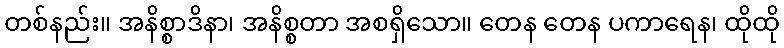
တစ်နည်း။ အနိစ္စာဒိနာ၊ အနိစ္စတာ အစရှိသော။ တေန တေန ပကာရေန၊ ထိုထို